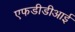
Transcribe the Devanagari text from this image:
एफडीडीआई